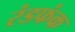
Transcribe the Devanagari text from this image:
रंडफंक